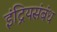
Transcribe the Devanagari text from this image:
इंद्रियसंबंध